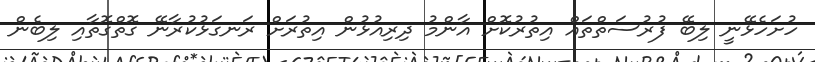
ހުށަހެޅޭނީ ލިބޭ ފުރުސަތްތައް އިތުރުކޮށް އާންމު ދިރިއުޅުން އިތުރަށް ރަނގަޅުކުރާނޭ ގޮތްގޮތާއި ލިބެން